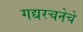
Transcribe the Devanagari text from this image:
गद्यरचनेचे